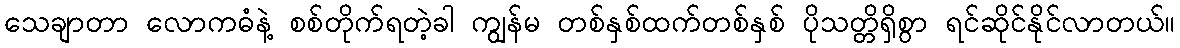
သေချာတာ လောကဓံနဲ့ စစ်တိုက်ရတဲ့ခါ ကျွန်မ တစ်နှစ်ထက်တစ်နှစ် ပိုသတ္တိရှိစွာ ရင်ဆိုင်နိုင်လာတယ်။